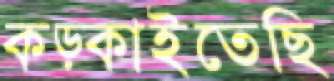
কড়্‌কাইতেছি